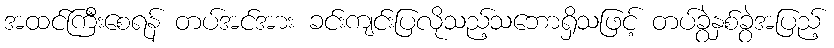
အထင်ကြီးစေရန် တပ်အင်အား ခင်းကျင်းပြလိုသည့်သဘောရှိသဖြင့် တပ်ခွဲနှစ်ခွဲအပြည့်